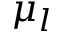
\mu _ { l }